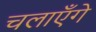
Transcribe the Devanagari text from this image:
चलाएँगे